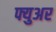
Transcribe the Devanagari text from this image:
फ्युअर